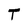
Character: T